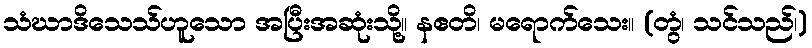
သံဃာဒိသေသ်ဟူသော အပြီးအဆုံးသို့။ နဧတိ၊ မရောက်သေး။ (တွံ၊ သင်သည်၊)